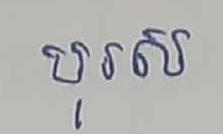
បុរស